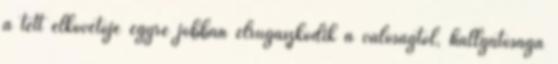
a tett elkövetője egyre jobban elrugaszkodik a valóságtól, hallgatósága